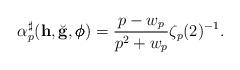
LaTeX: \begin{align*} \alpha_p^{\sharp} (\mathbf h, \breve{\mathbf g}, \pmb{\phi}) = \frac{p-w_p}{p^2+w_p} \zeta_p(2)^{-1}. \end{align*}